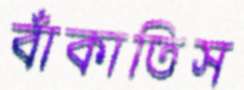
বাঁকাতিস